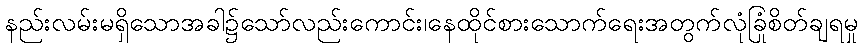
နည်းလမ်းမရှိသောအခါ၌သော်လည်းကောင်း၊နေထိုင်စားသောက်ရေးအတွက်လုံခြုံစိတ်ချရမှု